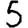
Digit: 5